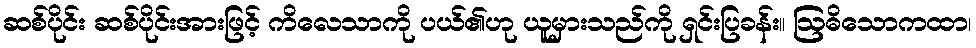
ဆစ်ပိုင်း ဆစ်ပိုင်းအားဖြင့် ကိလေသာကို ပယ်၏ဟု ယူမှားသည်ကို ရှင်းပြခန်း။ ဩဓိသောကထာ၊